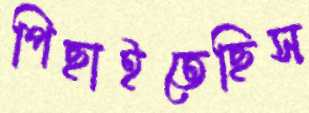
পিছাইতেছিস